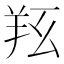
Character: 𦍝